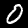
Digit: 0